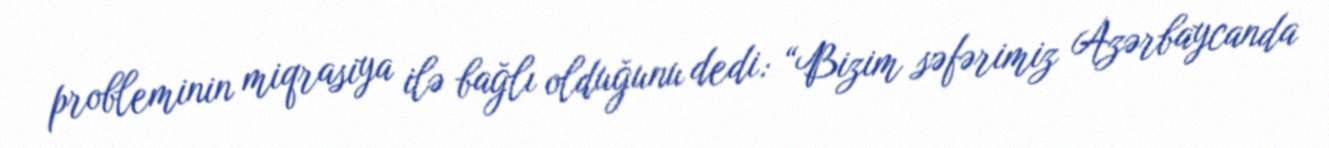
probleminin miqrasiya ilə bağlı olduğunu dedi: “Bizim səfərimiz Azərbaycanda